Leaving Certificate Examination, 1921
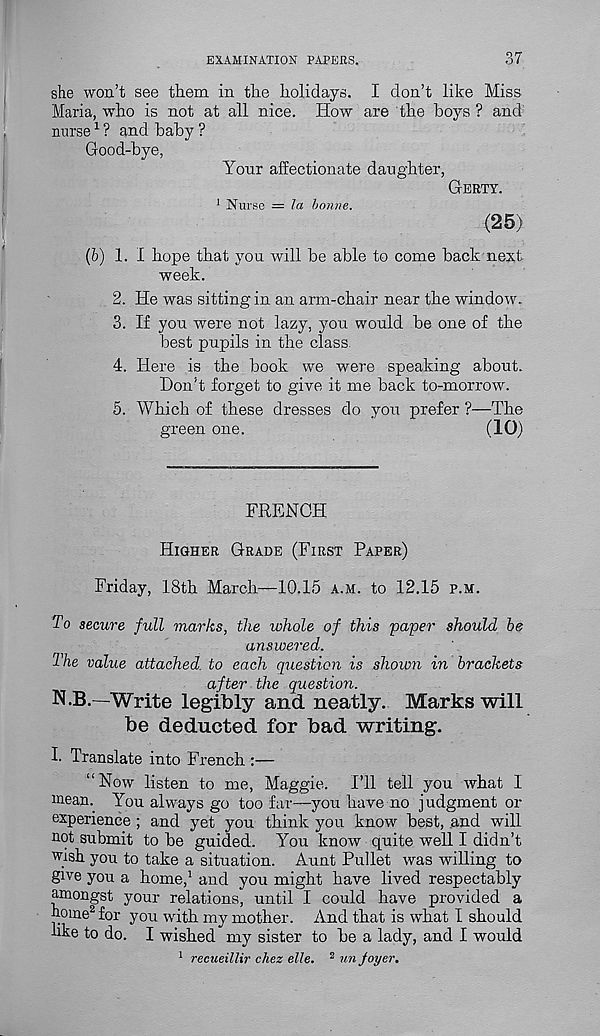
EXAMINATION PAPERS.
37
she won’t see them in the holidays. I don’t like Miss
Maria, who is not at all nice. How are the hoys ? and
nurse 1 ? and baby ?
Good-bye,
Your affectionate daughter,
Gerty.
1 Nurse = la bonne.
(25)
(6) 1. I hope that you will be able to come back next
week.
2. He was sitting in an arm-chair near the window.
3. If you were not lazy, you would be one of the
best pupils in the class.
4. Here is the book we were speaking about.
Don’t forget to give it me back to-morrow.
5. Which of these dresses do you prefer ?—The
green one.
(10)
FRENCH
Higher Grade (First Paper)
Friday, 18th March—10.15 a.m. to 12.15 p.m.
To secure full marks, the whole of this 'paper should he
answered.
The value attached to each question is shown in brackets
after the question.
N.B.—Write legibly and neatly. Marks will
be deducted for bad writing.
I. Translate into French :—
“Now listen to me, Maggie. I’ll tell you what I
meam You always go too far—you have no judgment or
experience ; and yet you think you know best, and will
not submit to be guided. You know quite well I didn’t
wish you to take a situation. Aunt Pullet was willing to
give you a home, 1 and you might have lived respectably
amongst your relations, until I could have provided a
home 2 for you with my mother. And that is what I should
hke to do. I wished my sister to be a lady, and I would
1 recueillir chez elle. 2 un foyer.